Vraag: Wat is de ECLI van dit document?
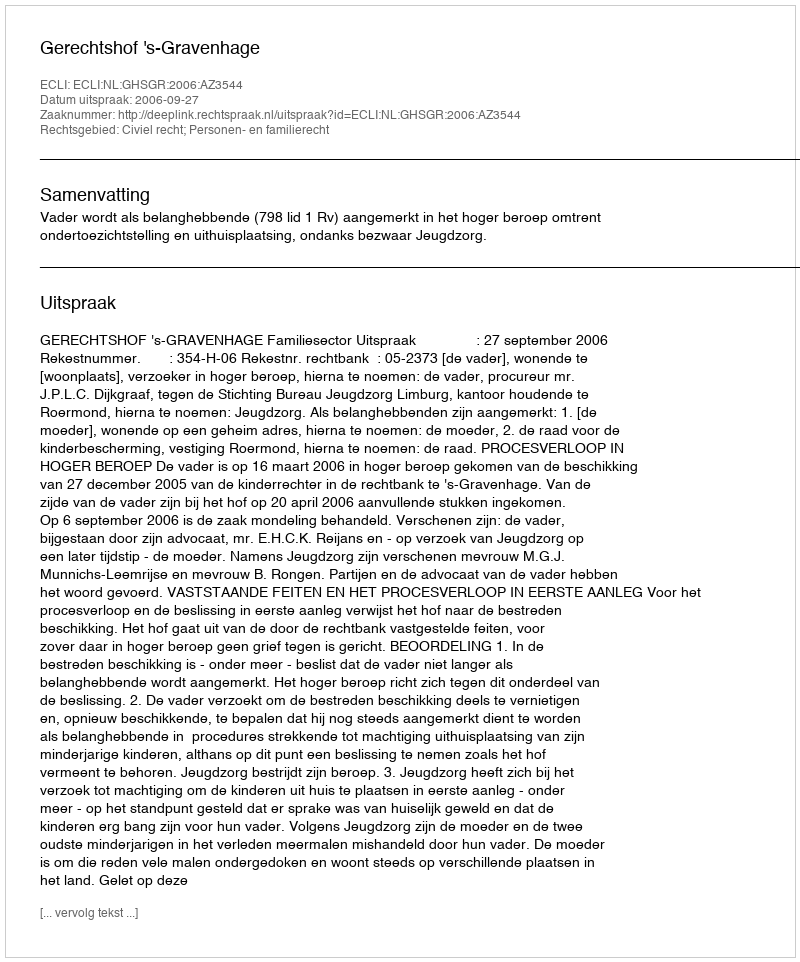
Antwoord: ECLI:NL:GHSGR:2006:AZ3544